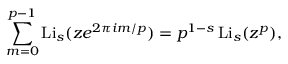
\sum _ { m = 0 } ^ { p - 1 } \operatorname { L i } _ { s } ( z e ^ { 2 \pi i m / p } ) = p ^ { 1 - s } \operatorname { L i } _ { s } ( z ^ { p } ) ,